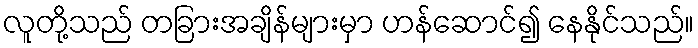
လူတို့သည် တခြားအချိန်များမှာ ဟန်ဆောင်၍ နေနိုင်သည်။